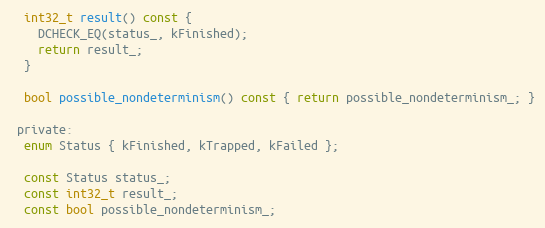
Language: C
  int32_t result() const {
    DCHECK_EQ(status_, kFinished);
    return result_;
  }

  bool possible_nondeterminism() const { return possible_nondeterminism_; }

 private:
  enum Status { kFinished, kTrapped, kFailed };

  const Status status_;
  const int32_t result_;
  const bool possible_nondeterminism_;